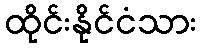
ထိုင်းနိုင်ငံသား